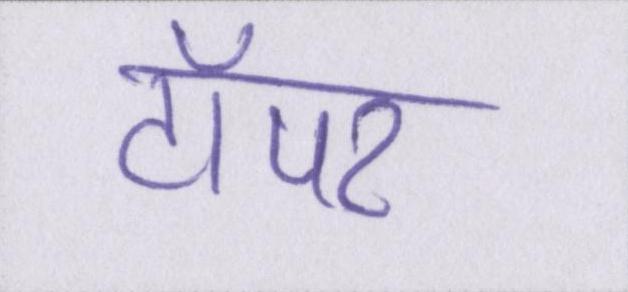
टॉपर